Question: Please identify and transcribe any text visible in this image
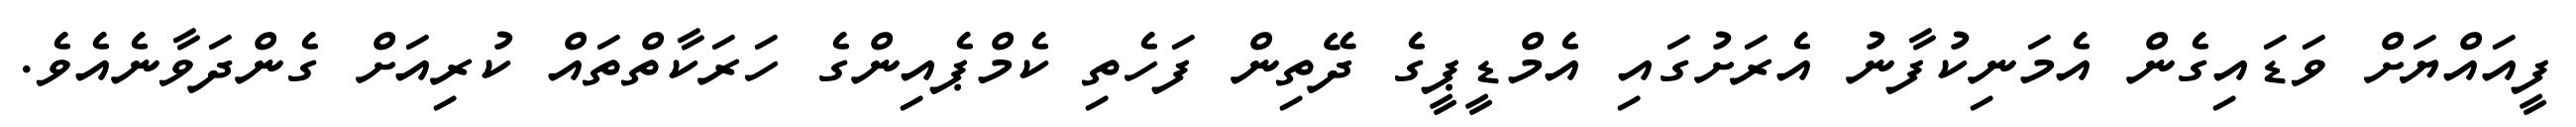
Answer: ފީއައްޔަށް ވަޑައިގެން އެމަނިކުފާނު އެރަށުގައި އެމްޑީޕީގެ ދޭތިން ފަހެތި ކެމްޕެއިންގެ ހަރަކާތްތައް ކުރިއަށް ގެންދަވާނެއެވެ.